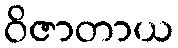
ဝိဇာတာယ